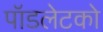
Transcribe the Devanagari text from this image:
पॉडलेटको